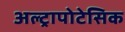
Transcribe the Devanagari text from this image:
अल्ट्रापोटेसिक